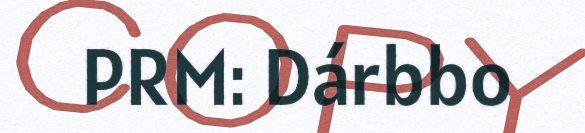
PRM: Dárbbo